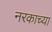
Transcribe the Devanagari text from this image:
नरकाच्या